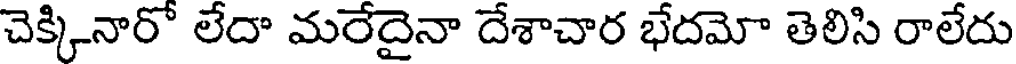
చెక్కినారో లేదా మరేదైనా దేశాచార భేదమో తెలిసి రాలేదు